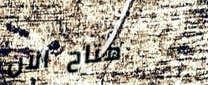
متاح الآن